Civil Veterinary Department. Madras. Admin. report 1926-33 - 1926-1933
Year: 1926
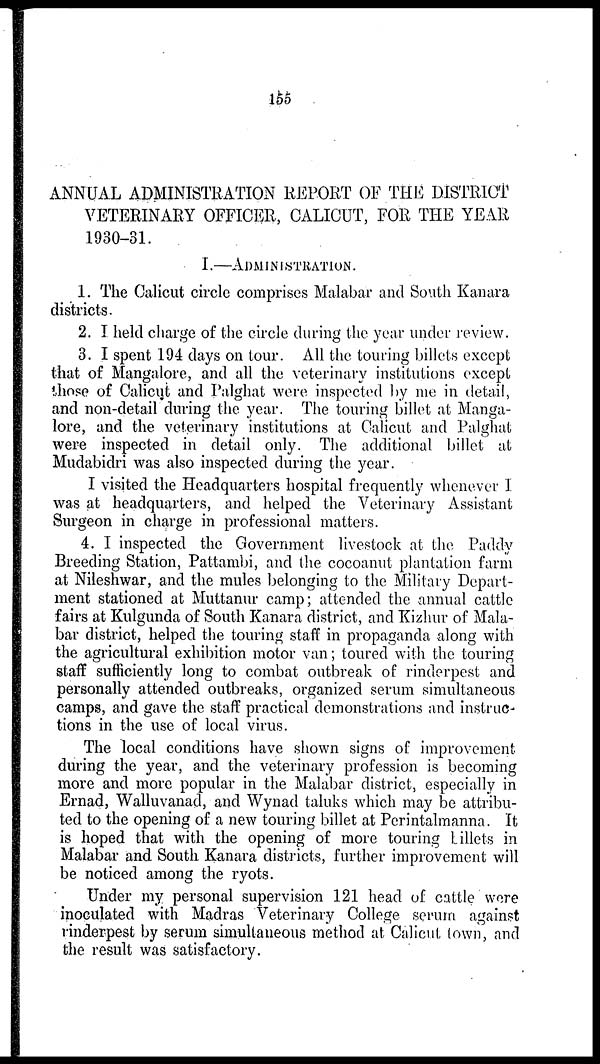
155
ANNUAL ADMINISTRATION REPORT OF THE DISTRICT
VETERINARY OFFICER, CALICUT, FOR THE YEAR
1930-31.
I.—ADMINISTRATION.
1. The Calicut circle comprises Malabar and South Kanara
districts.
2. I held charge of the circle during the year under review.
3. I spent 194 days on tour. All the touring billets except
that of Mangalore, and all the veterinary institutions except
those of Calicut and Palghat were inspected by me in detail,
and non-detail during the year. The touring billet at Manga-
lore, and the veterinary institutions at Calicut and Palghat
were inspected in detail only. The additional billet at
Mudabidri was also inspected during the year.
I visited the Headquarters hospital frequently whenever I
was at headquarters, and helped the Veterinary Assistant
Surgeon in charge in professional matters.
4. I inspected the Government livestock at the Paddy
Breeding Station, Pattambi, and the cocoanut plantation farm
at Nileshwar, and the mules belonging to the Military Depart-
ment stationed at Muttanur camp; attended the annual cattle
fairs at Kulgunda of South Kanara district, and Kizhur of Mala-
bar district, helped the touring staff in propaganda along with
the agricultural exhibition motor van; toured with the touring
staff sufficiently long to combat outbreak of rinderpest and
personally attended outbreaks, organized serum simultaneous
camps, and gave the staff practical demonstrations and instruc-
tions in the use of local virus.
The local conditions have shown signs of improvement
during the year, and the veterinary profession is becoming
more and more popular in the Malabar district, especially in
Ernad, Walluvanad, and Wynad taluks which may be attribu-
ted to the opening of a new touring billet at Perintalmanna. It
is hoped that with the opening of more touring billets in
Malabar and South Kanara districts, further improvement will
be noticed among the ryots.
Under my personal supervision 121 head of cattle were
inoculated with Madras Veterinary College serum against
rinderpest by serum simultaneous method at Calicut town, and
the result was satisfactory.